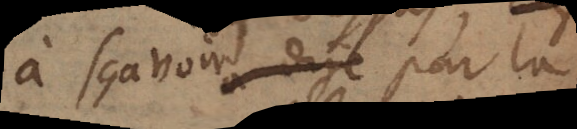
à sçaroient pour la